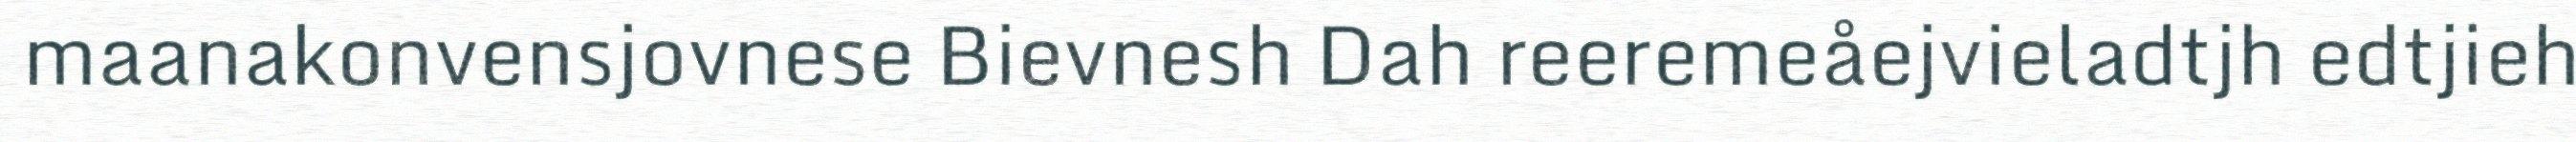
maanakonvensjovnese Bievnesh Dah reeremeåejvieladtjh edtjieh